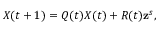
\begin{array} { r } { X ( t + 1 ) = Q ( t ) X ( t ) + R ( t ) \mathbf { z } ^ { s } , } \end{array}